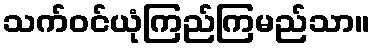
သက်ဝင်ယုံကြည်ကြမည်သာ။